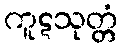
ကူဋသုတ္တံ